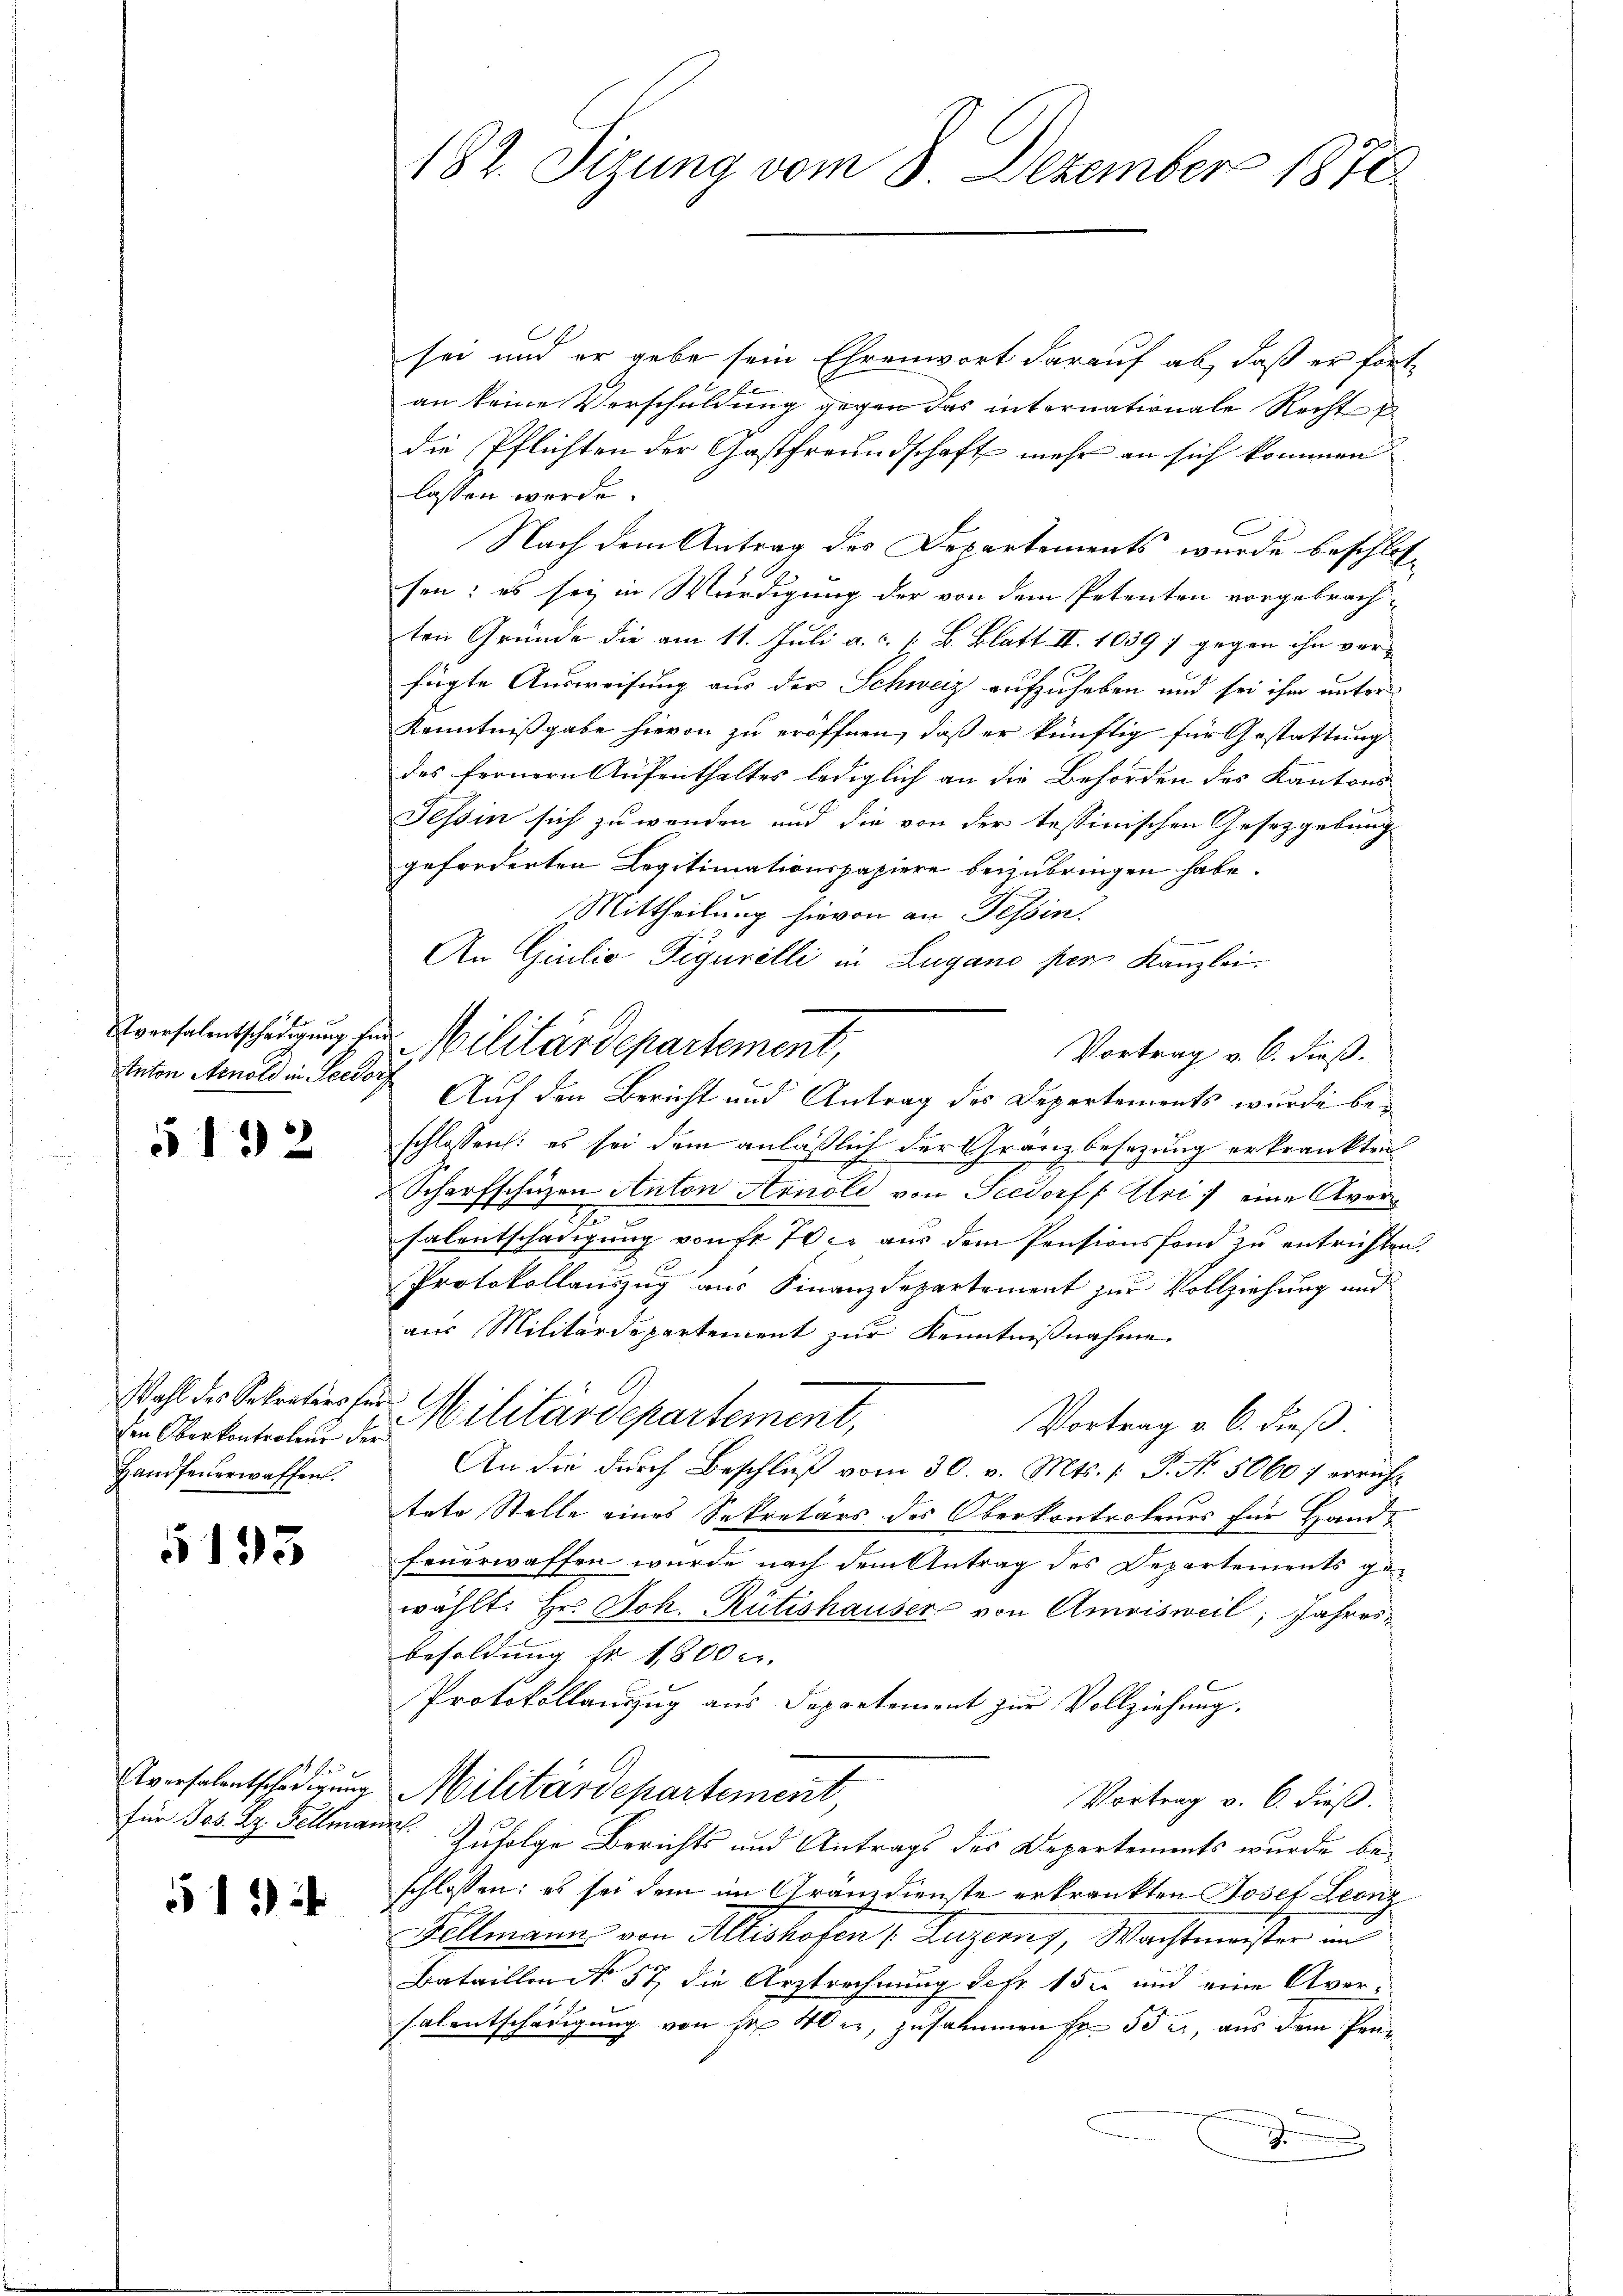
d

§ 132

den Oberkontroleur der
Handfeuerwaffen.

5195

16

514

sei und er gebe sein Ehrenwort darauf ab, daß er fortan keine Verschuldung gegen das internationale Recht
die Pflichten der Gastfreundschaft mehr an sich kommen
lassen werde.
Nach dem Antrag des Departements wurde beschlossen; es sei in Würdigung der von dem Petenten vorgebrach-
ten Gründe die am 11. Juli a. c. 1. B. Blatt II. 1039 ; gegen ihn verfügte Ausweisung aus der Schweiz aufzuheben und sei ihm unter¬
Kenntnißgabe hievon zu eröffnen, daß er künftig für Gestattung
des fernern Aufenthaltes lediglich an die Behörden des Kantons
Tessin sich zu wenden und die von der testinischen Gesetzgebung
geforderten Legitimationspapiere beizubringen habe.
Mittheilung hievon an Tessin.
An Giulio Tigurelli in Lugano pers Kanzlei
Vortrag v. 6. dieß.
tnton Arnold in Seedorf Auf den Bericht und Antrag des Departements wurde beschlossen: es sei dem anläßlich der Granz besezung erkrankten
Scharfschüzen Anton Arnold von Seedorf (Uri) eine Aver¬
.
salentschädigung von 70 c. aus dem Pensionsfond zu entrichten.
Protokollauszug aus Finanzdepartement zur Vollziehung und
aus Militärdepartement zur Kenntnißnahme.
Wohl des Sekretirs für Militärdepartement,
Vortrag v. 6. dieß.
An die durch Beschluß vom 30. v. Mts. 1 P. Nr. 5060 / erricht
tete Stelle eines Sekretärs des Oberkontroleurs für Hand-
feuerwaffen wurde nach dem Antrag des Departements gewählt: Hr. Joh. Rütishauser von Amrisweil, Jahres
besoldung hr 1800 c.
Protokollauszug aus Departement zur Vollziehung.
Aversalentschädigung Militärdepartement,
Vortrag v. 6. dieß.
für Jos. Bz. Fellmann. Zufolge Berichts und Antrags des Departements wurde beschlossen: es sei dem im Gränzdienste erkränkten Josef Leonz
Fellmann von Allishofen, Luzerny, Wachtmeister un
Bataillon No 57 die Arztrechnung defr. 152 und eine Aversalentschädigung von pr 40 er, zusammen Fr. 552, aus dem Pen¬
J

182. Sizung vom 8. Dezember 1870.

Eversalentschädigung der Militärdepartement,